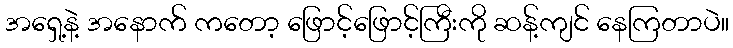
အရှေ့နဲ့ အနောက် ကတော့ ဖြောင့်ဖြောင့်ကြီးကို ဆန့်ကျင် နေကြတာပဲ။